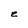
Character: e